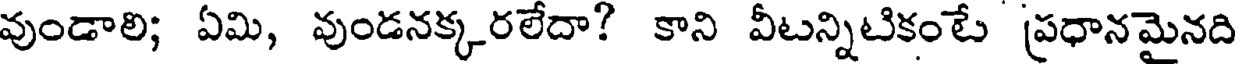
వుండాలి; ఏమి, వుండనక్కరలేదా? కాని వీటన్నిటికంటే ప్రధానమైనది